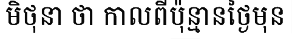
មិថុនា ថា កាលពីប៉ុន្មានថ្ងៃមុន